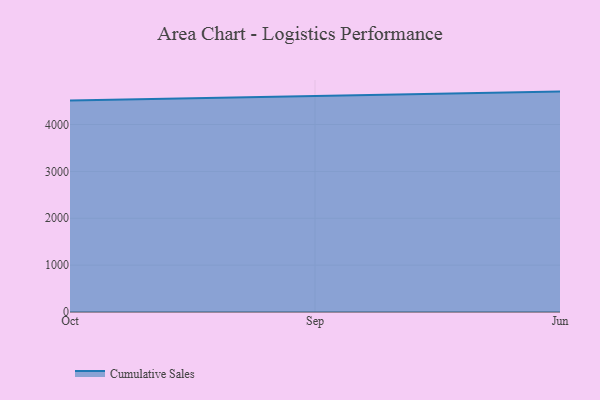
{"axis": {"x": "Month", "y": "Backlog"}, "legend": ["Cumulative Sales"], "data": [{"x": "Oct", "y": 4510.4, "type": "Cumulative Sales"}, {"x": "Sep", "y": 4612.5, "type": "Cumulative Sales"}, {"x": "Jun", "y": 4702.8, "type": "Cumulative Sales"}]}